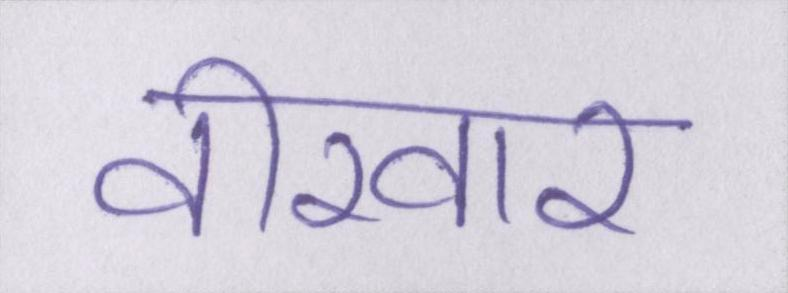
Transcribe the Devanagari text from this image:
वीरवार